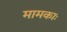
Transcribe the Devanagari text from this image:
मामकाः